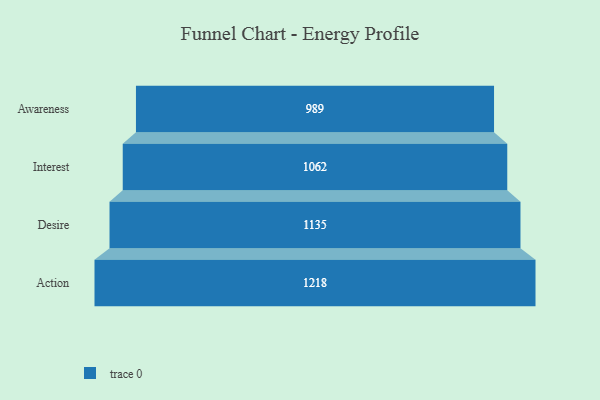
{"axis": {"x": "Stage", "y": "Value"}, "legend": [""], "data": [{"x": "Awareness", "y": 989.0, "type": ""}, {"x": "Interest", "y": 1062.0, "type": ""}, {"x": "Desire", "y": 1135.0, "type": ""}, {"x": "Action", "y": 1218.0, "type": ""}]}